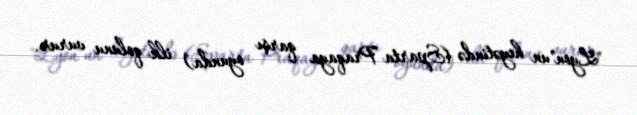
"Lyon"un heyətində (Sparta Praqaya qarşı oyunda) ilk qolunu vurur.